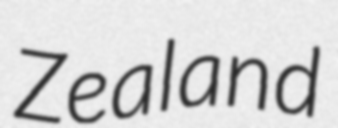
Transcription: Zealand